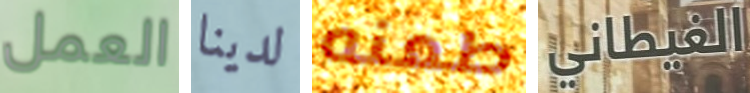
العمل لدينا طعنه الغيطاني